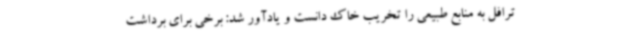
ترافل به منابع طبیعی را تخریب خاک دانست و یادآور شد: برخی برای برداشت